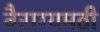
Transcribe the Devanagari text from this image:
वैराग्यमठी